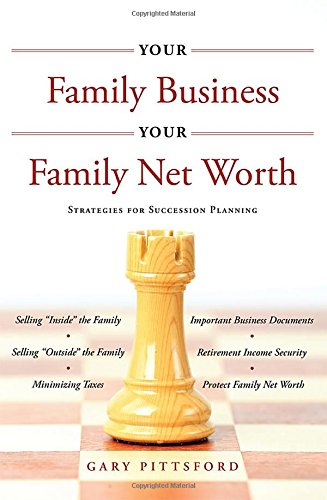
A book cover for Your Family Business, Your Net Worth: Strategies For Succession Planning; Gary Pittsford; Business & Money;